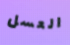
العسل